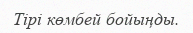
Тірі көмбей бойыңды.